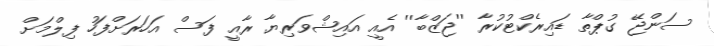
ސަންޖޭ ގުޕްތާ ޑައިރެކްޓުކުރާ ''ޖަޒްބާ'' އެއީ އައިޝްވަރިޔާ ރާއީ ފަސް އަހަރަށްފަހު ފިލްމަށް